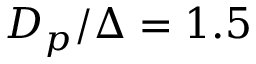
D _ { p } / \Delta = 1 . 5